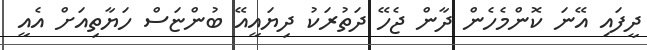
ދީފައި އޭނަ ކޮންމެހެން ދާން ޖެހޭ ދަތުރަކު ދިޔައީއޭ ބުންޏަސް ހަޔާތިއަށް އެއީ